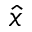
\hat { x }